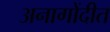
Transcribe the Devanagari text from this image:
अनागोंदीत